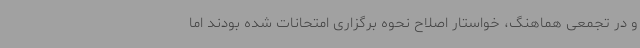
و در تجمعی هماهنگ، خواستار اصلاح نحوه برگزاری امتحانات شده بودند اما